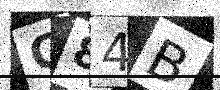
Text: C84B